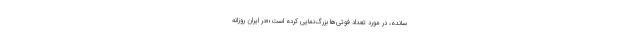
سانده، در مورد تعداد فوتی‌ها بزرگ‌نمایی کرده است؛«در ایران روزانه